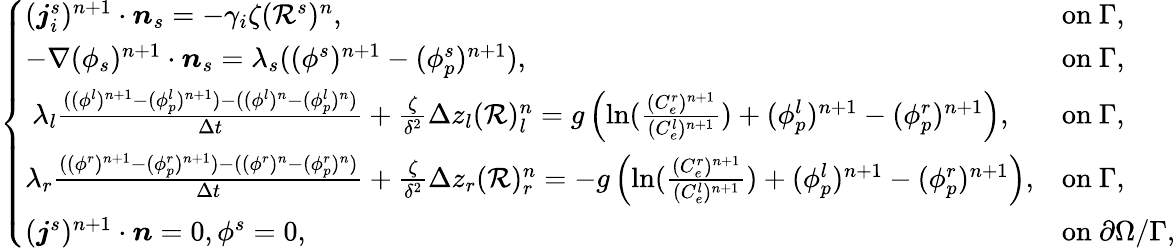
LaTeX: \left\{ \begin{array}{ll}{(\boldsymbol{j}_{i}^{s})^{n+1}\cdot\boldsymbol{n}_{s}=-\gamma_{i}\zeta(\mathcal{R}^{s})^{n},}&{\mathrm{on~}\Gamma,}\\ {-\nabla(\phi_{s})^{n+1}\cdot\boldsymbol{n}_{s}=\lambda_{s}((\phi^{s})^{n+1}-(\phi_{p}^{s})^{n+1}),}&{\mathrm{on~}\Gamma,}\\ {~\lambda_{l}\frac{((\phi^{l})^{n+1}-(\phi_{p}^{l})^{n+1})-((\phi^{l})^{n}-(\phi_{p}^{l})^{n})}{\Delta t}+\frac{\zeta}{\delta^{2}}\Delta z_{l}(\mathcal{R})_{l}^{n}=g\left(\ln(\frac{(C_{e}^{r})^{n+1}}{(C_{e}^{l})^{n+1}})+(\phi_{p}^{l})^{n+1}-(\phi_{p}^{r})^{n+1}\right),}&{\mathrm{on~}\Gamma,}\\ {\lambda_{r}\frac{((\phi^{r})^{n+1}-(\phi_{p}^{r})^{n+1})-((\phi^{r})^{n}-(\phi_{p}^{r})^{n})}{\Delta t}+\frac{\zeta}{\delta^{2}}\Delta z_{r}(\mathcal{R})_{r}^{n}=-g\left(\ln(\frac{(C_{e}^{r})^{n+1}}{(C_{e}^{l})^{n+1}})+(\phi_{p}^{l})^{n+1}-(\phi_{p}^{r})^{n+1}\right),}&{\mathrm{on~}\Gamma,}\\ {(\boldsymbol{j}^{s})^{n+1}\cdot\boldsymbol{n}=0,\phi^{s}=0,}&{\mathrm{on~}\partial\Omega/\Gamma,}\end{array}\right.